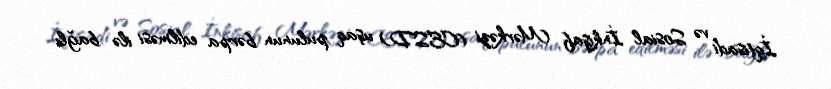
İqtisadi və Sosial İnkişaf Mərkəzi (CESD) uşaq pulunun bərpa edilməsi ilə bağlı